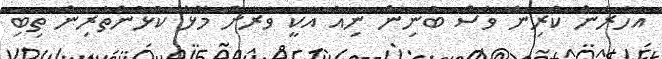
އަހަރެން ކުރިން ވެސް ބުނިން ނިއު އަކީ ވަރަށް މޮޅު ކުޅުންތެރިން ތިބި